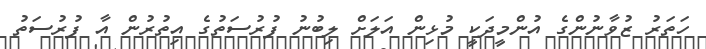
ހަތަރު ޒުވާނުންގެ އުންމީދަކީ މުޅިން އަލަށް ލިބުނު ފުރުސަތުގެ އިތުރުން އާ ފުރުސަތު